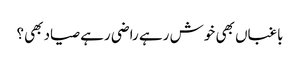
باغباں بھی خوش رہے راضی رہے صیاد بھی؟